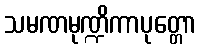
သမဏမုဏ္ဍိကာပုတ္တော